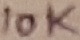
Text: 10K